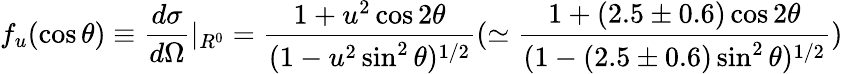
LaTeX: f_{u}(\cos\theta)\equiv\frac{d\sigma}{d\Omega}|_{R^{0}}=\frac{1+u^{2}\cos 2\theta}{(1-u^{2}\sin^{2}\theta)^{1/2}}(\simeq\frac{1+(2.5\pm 0.6)\cos 2\theta}{(1-(2.5\pm 0.6)\sin^{2}\theta)^{1/2}})